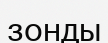
зонды